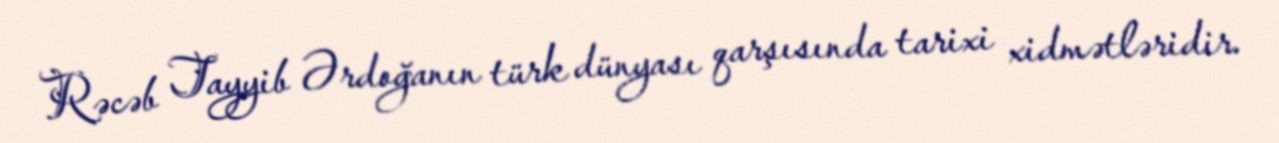
Rəcəb Tayyib Ərdoğanın türk dünyası qarşısında tarixi xidmətləridir.